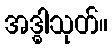
အဒ္ဓါသုတ်။